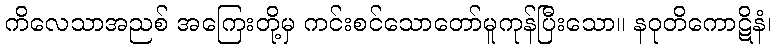
ကိလေသာအညစ် အကြေးတို့မှ ကင်းစင်သောတော်မူကုန်ပြီးသော။ နဝုတိကောဋိနံ၊